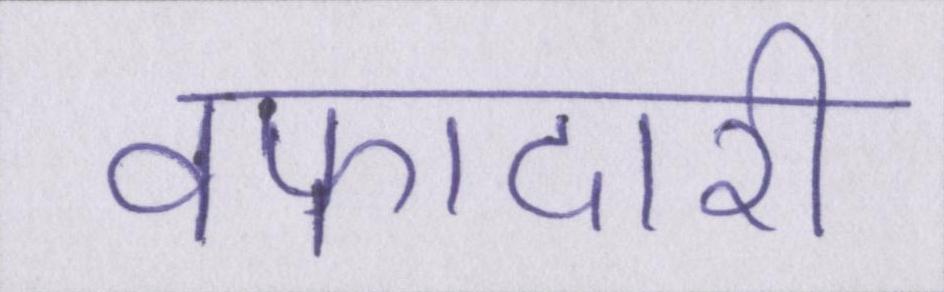
वफादारी